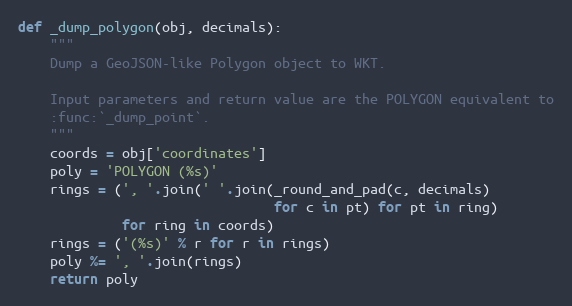
Language: Python
def _dump_polygon(obj, decimals):
    """
    Dump a GeoJSON-like Polygon object to WKT.

    Input parameters and return value are the POLYGON equivalent to
    :func:`_dump_point`.
    """
    coords = obj['coordinates']
    poly = 'POLYGON (%s)'
    rings = (', '.join(' '.join(_round_and_pad(c, decimals)
                                for c in pt) for pt in ring)
             for ring in coords)
    rings = ('(%s)' % r for r in rings)
    poly %= ', '.join(rings)
    return poly